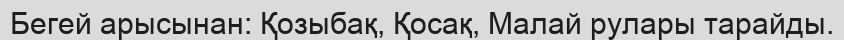
Бегей арысынан: Қозыбақ, Қосақ, Малай рулары тарайды.